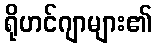
ရိုဟင်ဂျာများ၏